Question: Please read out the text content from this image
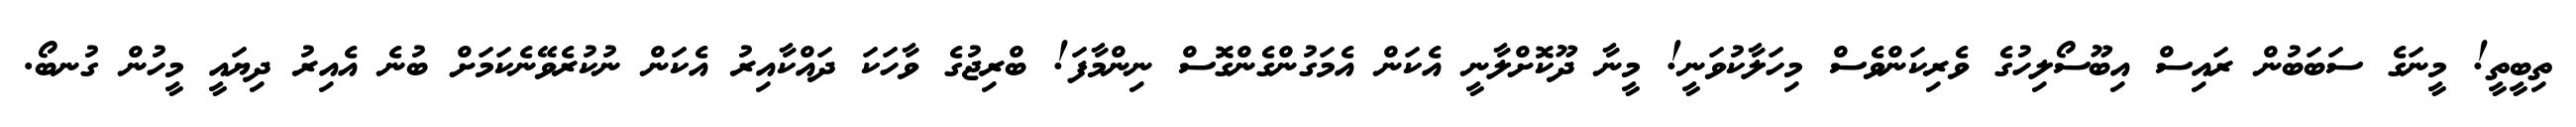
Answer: ތިބީތީ! މީނަގެ ސަބަބުން ރައިސް އިބޫސޯލިހުގެ ވެރިކަންވެސް މިހަލާކުވަނީ! މީނާ ދޫކޮށްލާނީ އެކަން އެމަގުންގެންގޮސް ނިންމާފަ! ބްރިޖުގެ ވާހަކަ ދައްކާއިރު އެކަން ނުކުރެވޭނެކަމަށް ބުނެ އެއިރު ދިޔައީ މީހުން ގުނބޯ.